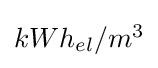
\textstyle kWh_{el}/m^{3}